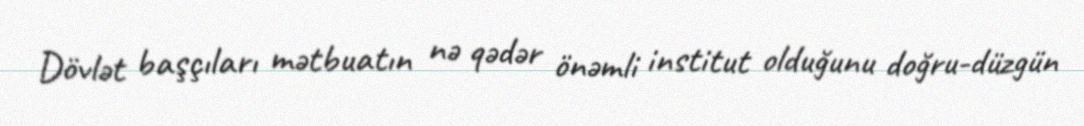
Dövlət başçıları mətbuatın nə qədər önəmli institut olduğunu doğru-düzgün